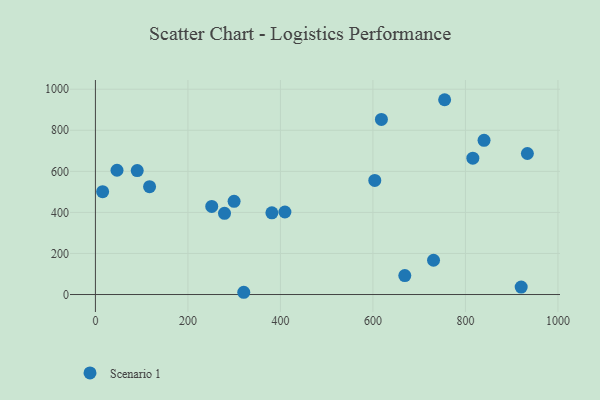
{"axis": {"x": "Price", "y": "Exam Score"}, "legend": ["Scenario 1"], "data": [{"x": "409.7", "y": 402.1, "type": "Scenario 1"}, {"x": "320.7", "y": 11.0, "type": "Scenario 1"}, {"x": "299.8", "y": 454.0, "type": "Scenario 1"}, {"x": "604.0", "y": 555.8, "type": "Scenario 1"}, {"x": "816.0", "y": 664.3, "type": "Scenario 1"}, {"x": "731.0", "y": 166.9, "type": "Scenario 1"}, {"x": "46.7", "y": 605.4, "type": "Scenario 1"}, {"x": "933.9", "y": 687.0, "type": "Scenario 1"}, {"x": "117.1", "y": 525.6, "type": "Scenario 1"}, {"x": "279.1", "y": 395.7, "type": "Scenario 1"}, {"x": "90.4", "y": 603.9, "type": "Scenario 1"}, {"x": "15.6", "y": 501.2, "type": "Scenario 1"}, {"x": "251.5", "y": 429.0, "type": "Scenario 1"}, {"x": "381.5", "y": 398.2, "type": "Scenario 1"}, {"x": "755.0", "y": 948.9, "type": "Scenario 1"}, {"x": "920.5", "y": 36.2, "type": "Scenario 1"}, {"x": "668.9", "y": 92.3, "type": "Scenario 1"}, {"x": "618.3", "y": 852.7, "type": "Scenario 1"}, {"x": "840.2", "y": 751.3, "type": "Scenario 1"}]}